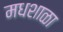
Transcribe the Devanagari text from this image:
मधशाळा